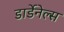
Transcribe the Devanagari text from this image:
डार्डेनेल्स